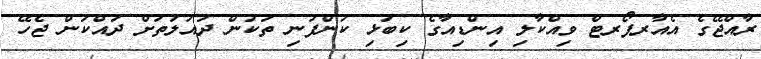
ރާއްޖޭގެ އެއާރޕޯރޓް ވިއްކާލި އިންޑިއާގެ ކިބަޅި ކުންފުނި ތަކުން ދައުލަތަށް ދައްކަން ޖެހޭ